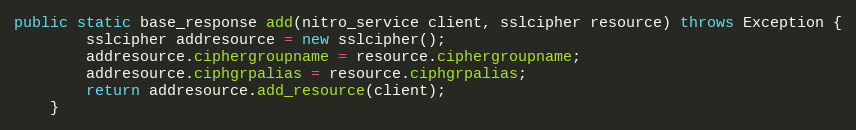
Language: Java
public static base_response add(nitro_service client, sslcipher resource) throws Exception {
		sslcipher addresource = new sslcipher();
		addresource.ciphergroupname = resource.ciphergroupname;
		addresource.ciphgrpalias = resource.ciphgrpalias;
		return addresource.add_resource(client);
	}